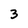
Character: 3